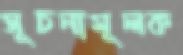
সূচনামূলক